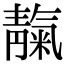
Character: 靝